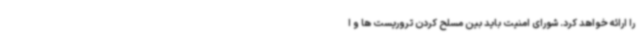
را ارائه خواهد کرد. شورای امنیت باید بین مسلح کردن تروریست ها و ا